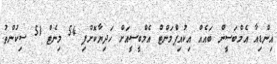
އިންޑިއާ އެމްބަސީން ބައެއް އިކުއިޕްމަންޓް އެމްބީސީއަށް ހަދިޔާކޮށްފި 54 މިނެޓް 51 ސިކުންތު